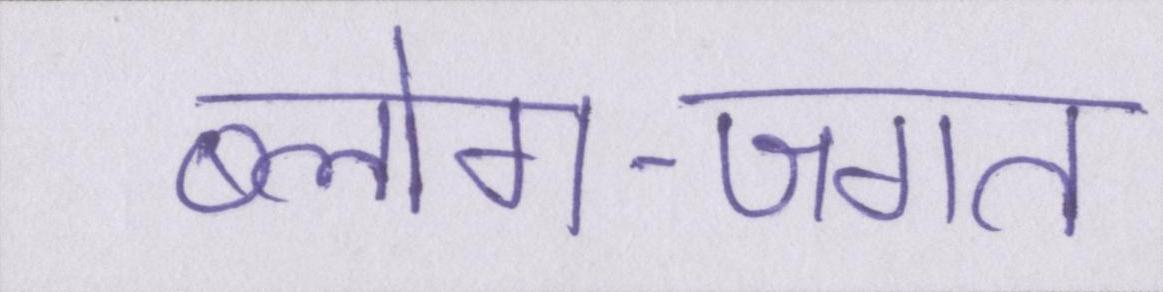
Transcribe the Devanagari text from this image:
ब्लोग-जगत